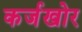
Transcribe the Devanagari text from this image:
कर्जखोर